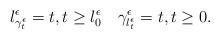
LaTeX: \begin{align*} l_{\gamma^{\epsilon}_{t}}^{\epsilon} = t, t\geq l_{0}^{\epsilon} \quad \gamma_{l_{t}^{\epsilon}}^{\epsilon} = t, t\geq 0.\end{align*}